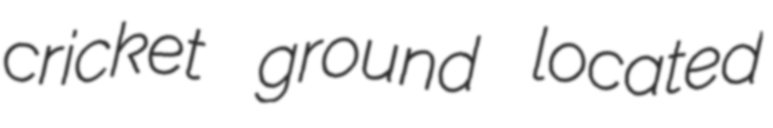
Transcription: cricket ground located